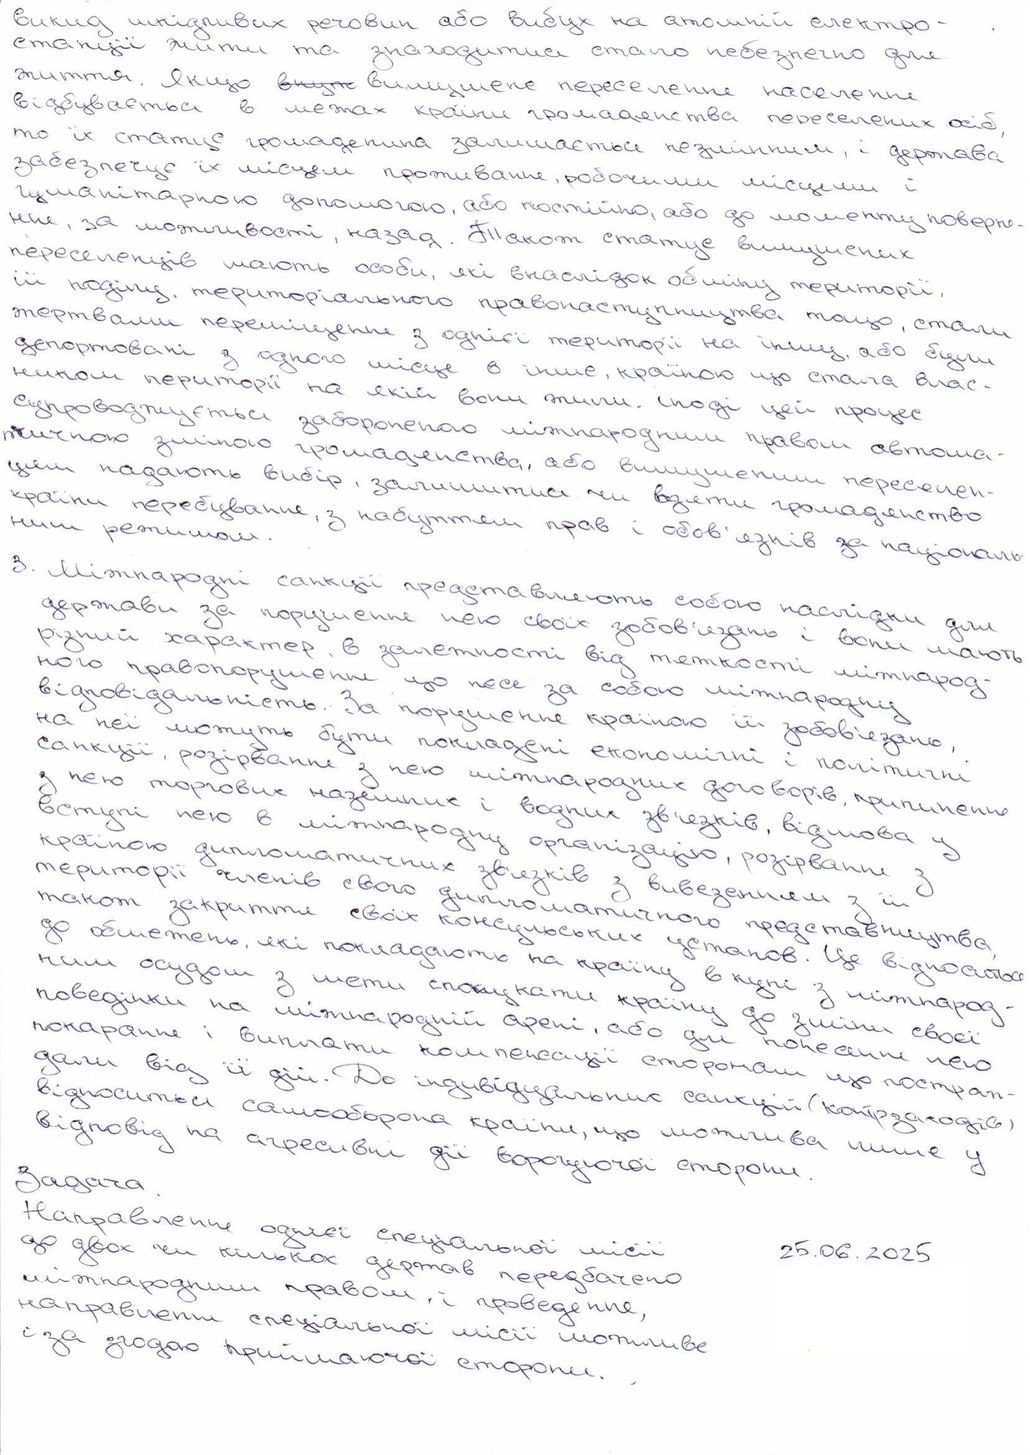
викид шкідливих речовин або вибух на атомній електро-
станції жити та знаходитися стало небезпечно для
життя. Якщо ~вкупс~ вимушене переселення населення
відбувається в межаж країни громадянства переселених осіб
, то їх статус громадянина залишається незмінним і держава
забезпечує їх місцем проживання, робочим місьцями і
гуманітарною допомогою, або постійно, або моменту поверне-
не, за можливості, назад. Також стане винним
переселенців мають особи, які внаслідок обміну території,
її поділу, територіального правонаступництва, тощо, стали
жертвами переміщення з однієї території на іншу або були
депортовані з одного місце в інше, країною що стала влас-
ником території на якій вони жили. Іноді цей процес
супроводжується забороненою міжнародним правом автома-
тичною зміною громадянства, або вимушеним переселен-
цем надають вибір, залишитися чи взяти громадянство
країни перебування, з набуттям прав і обов'язків за національ-
ним режимом
3. Міжнародні санкції представляють собою наслідки для
держави за порушення нею своїх зобов'язань і вони мають
різний характер, в залежності від тяжкості міжнарод-
ного правопорушення що несе за собою міжнародну
відповідальність. За порушення країною  її зобов'язань
санкції, розірвання з нею міжнародних договорів припинення
на неї можуть бути покладені економічні і політичні
з нею торгових наземних і водних зв'язків, відмова у
вступі нею в міжнародну організацію, розірвання з
країною дипломатичних зв'язків з вивезенням з її
території членів свого дипломатичного представництва,
також закриття своїх консульських установ. Це відноситься
до обмежень, які покладають на країну в купі з міжнарод-
ним осудом з мети  спонукати країну до зміни своєї
поведінки на міжнародній арені, або для понесення нею
дали від її  дій. До індивідуальних санкцій (контрзаходів)
покарання і виплати компенсації сторонам, що постраж-
відноситься самооборона країни, що можлива лише у
відповід на агресивні діїворогуючої сторони.
Направлення однієї специальної місії
Задача
до двох чи кількох держав передбачено
25.06.2025
міжнародним правом, і проведення,
направлення спеціальної місії можливе
і за згодою приймаючої сторони.